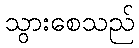
သွားစေသည်